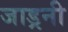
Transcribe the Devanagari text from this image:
जाड्रनी